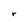
Character: r